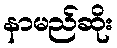
နာမည်ဆိုး